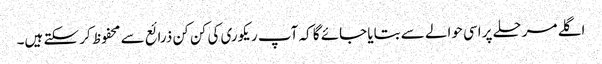
اگلے مرحلے پر اسی حوالے سے بتایا جائے گا کہ آپ ریکوری کی کن کن ذرائع سے محفوظ کر سکتے ہیں۔